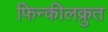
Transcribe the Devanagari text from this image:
फिन्कीलक्रुत